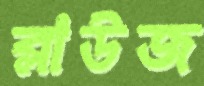
ব্লাউজ